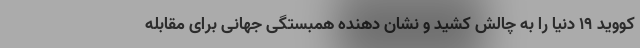
کووید ۱۹ دنیا را به چالش کشید و نشان دهنده همبستگی جهانی برای مقابله